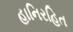
હાનિરહિત